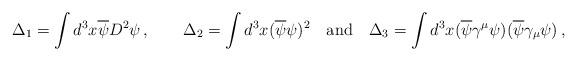
LaTeX: \begin{align*}\Delta_1 = \int d^3x \overline \psi D^2\psi\, , \qquad \Delta_2=\int d^3x(\overline \psi \psi)^2 \quad \mbox{and} \quad \Delta_3=\int d^3x (\overline \psi \gamma^\mu \psi) (\overline \psi \gamma_\mu \psi)\, ,\end{align*}